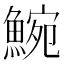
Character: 𩸩